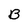
Character: B